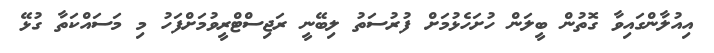
އިއުލާންގައިވާ ގޮތުން ބީލަން ހުށަހެޅުމަށް ފުރުސަތު ލިބޭނީ ރަޖިސްޓްރީވުމަށްފަހު މި މަސައްކަތާ ގުޅޭ